Vaccination United Provinces of Agra and Oudh 1902-1913 - 1902-1913
Year: 1902
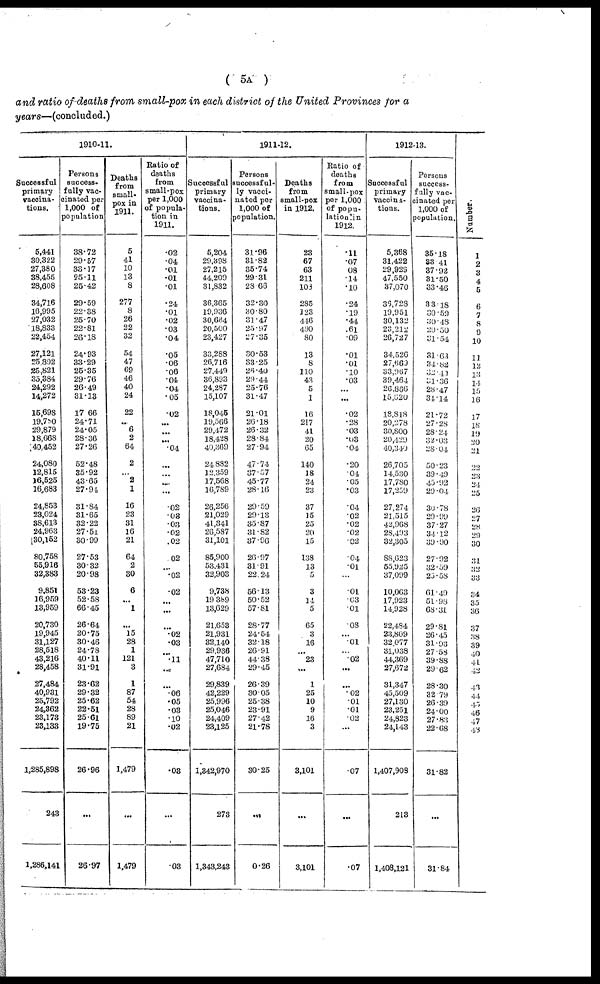
( 5A )
and ratio of deaths from small-pox in each district of the United Provinces for a
years—(concluded.)
1910-11.
Successful
primary
vaccina-
tions.
5,441
30,322
27,380
38,455
28,608
34,716
16,995
27,032
18,833
22,454
27,121
25,892
25,821
35,384
24,292
14,272
15,698
19,780
29,879
18,668
40,452
24,080
12,815
16,525
16,683
24,853
23,024
38,613
24,963
30,152
80,758
55,916
32,383
9,851
16,959
13,959
20,730
19,945
31,127
28,518
43,216
28,458
27,484
40,931
25,792
24,362
23,173
23,133
1,285,898
243
1,286,141
Persons
success¬
fully vac-
cinated per
1,000 of
population
38.72
29.57
33.17
25.11
25.42
29.59
22.38
25.70
22.81
26.18
24.93
33.29
25.35
29.76
26.49
31.13
17.66
24.71
24.05
28.36
27.26
52.48
35.92
43.65
27.94
31.84
31.65
32.22
27.51
30.99
27.53
30.32
20.98
53.23
52.58
66.45
26.64
20.75
30.46
24.78
40.11
31.91
23.62
29.32
25.62
22.51
25.61
19.75
26.96
...
26.97
Deaths
from
small-
pox in
1911.
5
41
10
13
8
277
8
26
22
32
54
47
69
46
40
24
22
...
6
2
64
2
...
2
1
16
23
31
16
21
64
2
30
6
...
1
...
15
28
1
121
3
1
87
54
28
89
21
1,479
...
1,479
Ratio of
deaths
from
small-pox
per 1,000
of popula-
tion in
1911.
.02
.04
.01
.01
.01
.24
.01
.02
.03
.04
.05
.06
.06
.04
.04
.05
.02
...
...
...
.04
...
...
...
02
.03
.03
.02
.02
.02
...
.02
.02
...
...
...
.02
.03
...
.11
...
...
.06
.05
.03
.10
.02
.03
...
.03
1911-12.
Successful
primary
vaccina-
tions.
5,204
29,398
27,215
44,209
31,832
36,365
19,936
30,664
20,500
23,427
33,288
26,716
27,449
36,893
24,287
15,107
18,045
19,566
29,472
18,428
40,369
24,882
12,359
17,568
16,789
26,256
21,029
41,341
26,587
31,101
85,900
53,431
32,903
9,738
19,389
13,629
21,653
21,931
32,140
29,936
47,710
27,684
29,839
42,229
25,996
25,046
24,409
23,125
1,342,970
273
1,343,243
Persons
successful-
ly vacci-
nated per
1,000 of
population.
31.96
31.82
35.74
29.31
28.66
32.30
30.80
31.47
25.97
27.35
30.53
33.25
26.40
29.44
25.76
31.47
21.01
26.18
26.32
28.84
27.94
47.74
37.57
45.77
28.16
29.59
29.13
85.87
31.82
37.96
26.97
31.91
22.24
56.13
50.52
57.81
28.77
24.54
32.18
26.91
44.38
29.45
26.39
30.05
25.38
23.91
27.42
21.78
30.25
...
0.26
Deaths
from
small-pox
in 1912.
23
67
63
211
103
285
123
446
490
80
13
8
110
43
5
1
16
217
41
20
65
140
18
24
23
37
15
25
20
15
138
13
5
3
14
5
65
3
16
...
23
...
1
25
10
9
16
3
3,101
...
3,101
Ratio of
deaths
from
small-pox
per 1,000
of popu¬
lation in
1912.
11
.07
.08
.14
.10
.24
.19
.44
.61
.09
.01
.01
.10
.03
...
...
.02
.28
.03
.03
.04
.20
.04
.05
.03
.04
.02
.02
.02
.02
.04
.01
...
.01
.03
.01
.08
...
.01
...
.02
...
...
.02
.01
.01
.02
.07
...
.07
1912-13.
Successful
primary
vaccina-
tions.
5,368
31,422
29,929
47,550
37,070
30,728
19,951
30,132
23,212
26,727
34,526
27,669
33,967
39,464
26,866
15,620
18,818
20,278
30.S00
20,429
40,340
26,705
14,530
17,780
17,259
27,274
21,515
42,968
28,493
32,305
88,623
55,925
37,099
10,063
17,923
14,928
22,484
23,809
32,077
31,038
44,369
27,672
31,347
45,509
27,130
23,251
24,823
24,143
1,407,908
213
1,408,121
Persons
success-
fully vac-
cinated per
1,000 of
population.
35.18
33.41
37.92
31.50
33.46
33.18
30.59
30.48
29.50
31.54
31.63
34.82
32.40
31.36
28.47
31.14
21.72
27.28
28.24
32.03
28.04
50.23
39.49
45.92
29.04
30.78
29.99
37.27
34.12
39.90
27.92
32.59
25.58
61.49
51.98
68,31
29.81
26.45
31.93
27.58
39.88
29.62
28.30
32.79
26.39
24.00
27.83
22.68
31.82
...
31.84
Number.
1
2
3
4
5
6
7
8
9
10
11
12
13
14
15
16
17
18
19
20
21
22
23
24
25
26
27
28
29
30
31
32
33
34
35
36
37
38
39
40
41
42
43
44
45
46
47
48